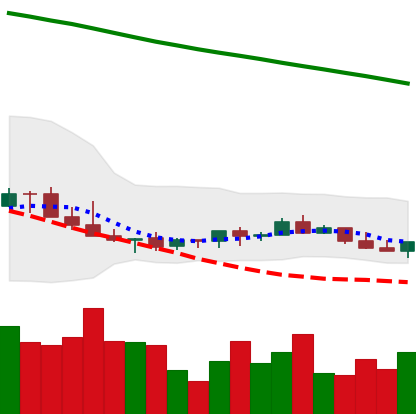
Ticker: LINK-USD
Chart end date: 2022-07-13
Forward return: 14.27%
Label: up_7plus